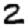
Digit: 2